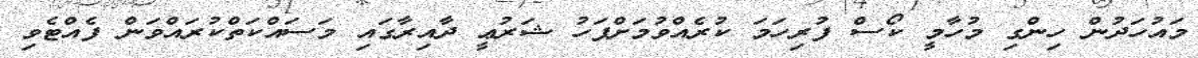
މައުހަދުން ހިންގި މުހާމީ ކޯސް ފުރިހަމަ ކުރެއްވުމަށްފަހު ޝަރުޢީ ދާއިރާގައި މަސައްކަތްކުރައްވަން ފެއްޓެވި